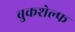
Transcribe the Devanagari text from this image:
बुकशेल्फ